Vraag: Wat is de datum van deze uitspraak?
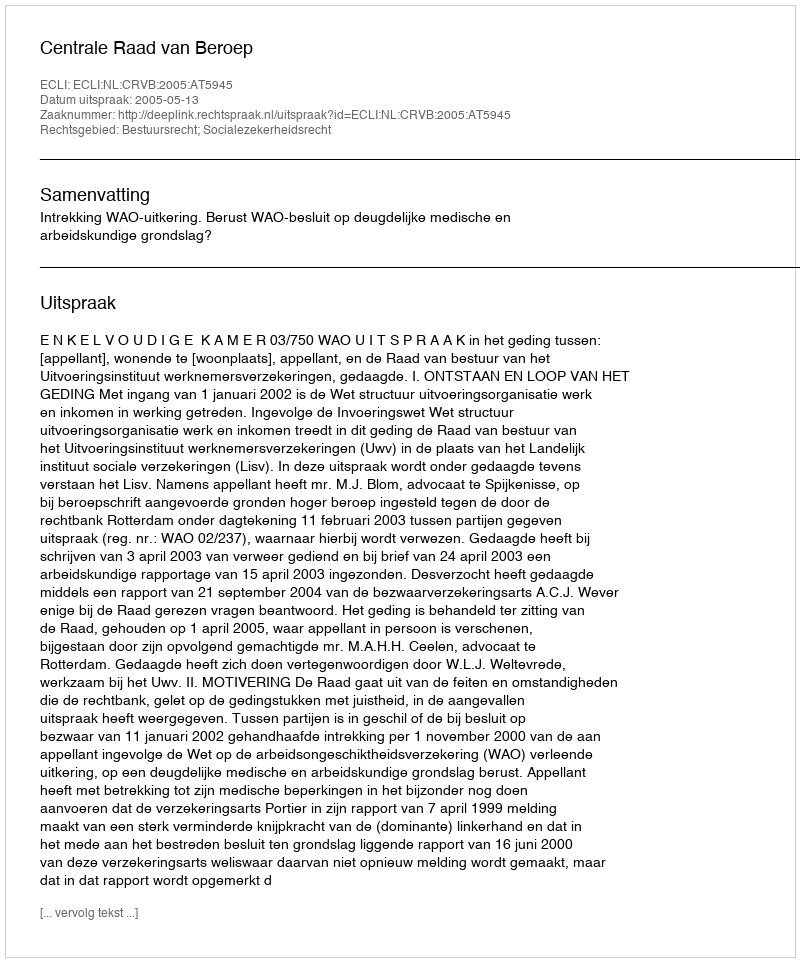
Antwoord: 2005-05-13